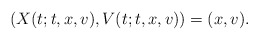
\begin{align*}\left(X(t;t,x,v),V(t;t,x,v)\right)=(x,v).\end{align*}